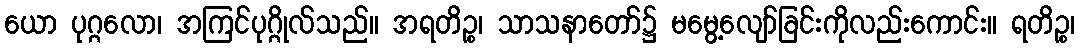
ယော ပုဂ္ဂလော၊ အကြင်ပုဂ္ဂိုလ်သည်။ အရတိဉ္စ၊ သာသနာတော်၌ မမွေ့လျော်ခြင်းကိုလည်းကောင်း။ ရတိဉ္စ၊